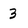
Character: 3